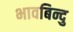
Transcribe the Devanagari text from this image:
भावबिन्दु